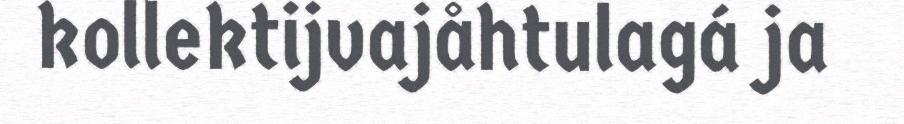
kollektijvajåhtulagá ja